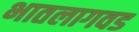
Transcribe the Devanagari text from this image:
भातलागवड